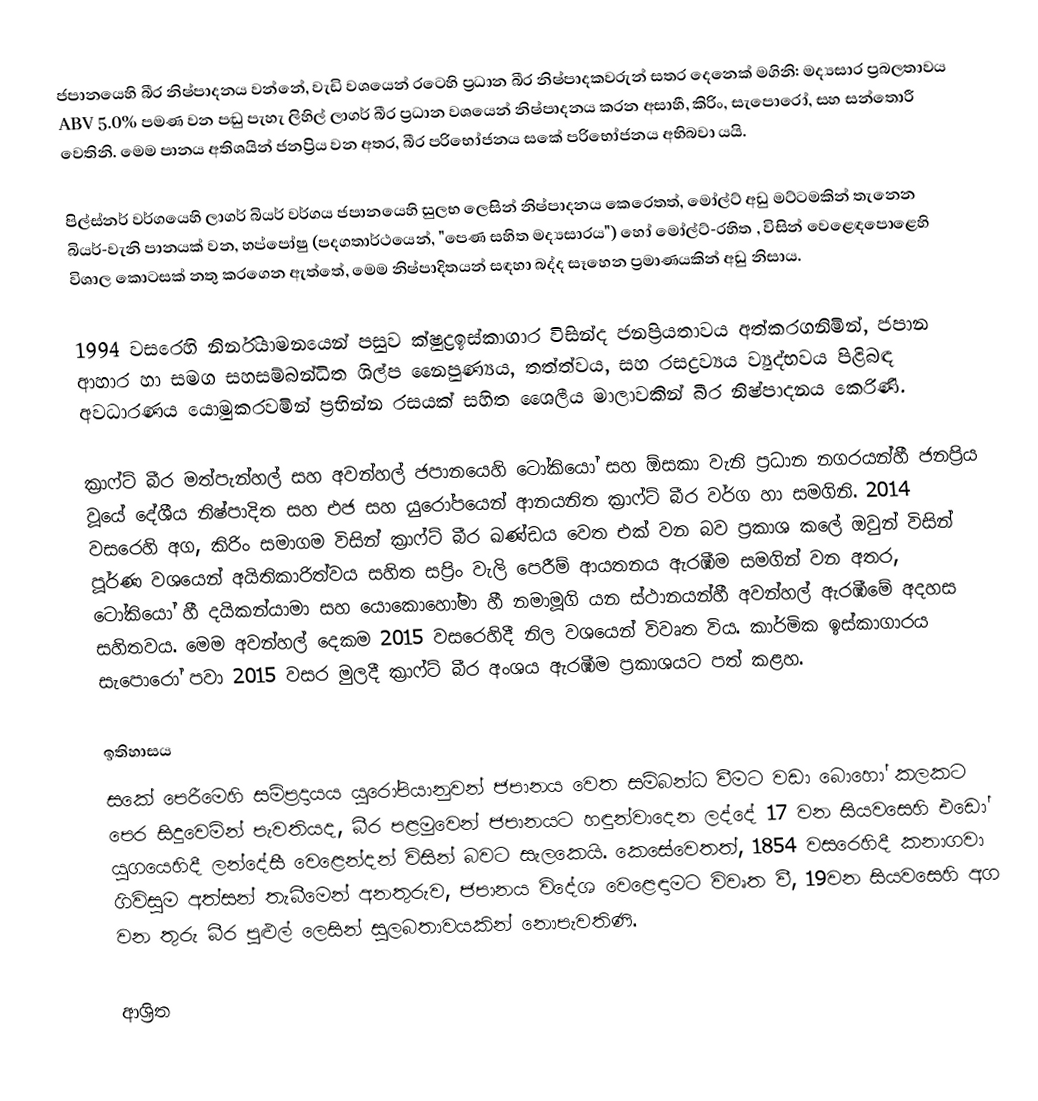
ජපානයෙහි බීර නිෂ්පාදනය වන්නේ, වැඩි වශයෙන් රටෙහි ප්‍රධාන බීර නිෂ්පාදකවරුන් සතර දෙනෙක් මගිනි: මද්‍යසාර ප්‍රබලතාවය ABV 5.0% පමණ වන පඬු පැහැ ලිහිල් ලාගර් බීර ප්‍රධාන වශයෙන් නිෂ්පාදනය කරන අසාහී, කිරිං, සැපොරෝ, සහ සන්තොරී වෙතිනි. මෙම පානය අතිශයින් ජනප්‍රිය වන අතර, බීර පරිභෝජනය සකේ පරිභෝජනය අභිබවා යයි.

පිල්ස්නර් වර්ගයෙහි ලාගර් බියර් වර්ගය ජපානයෙහි සුලභ ලෙසින් නිෂ්පාදනය කෙරෙතත්, මෝල්ට් අඩු මට්ටමකින් තැනෙන බියර්-වැනි පානයක් වන, හප්පෝෂු (පදගතාර්ථයෙන්, "පෙණ සහිත මද්‍යසාරය") හෝ මෝල්ට්-රහිත , විසින් වෙළෙඳපොළෙහි විශාල කොටසක් නතු කරගෙන ඇත්තේ, මෙම නිෂ්පාදිතයන් සඳහා බද්ද සෑහෙන ප්‍රමාණයකින් අඩු නිසාය.

1994 වසරෙහි නිර්නියාමනයෙන් පසුව  ක්ෂුද්‍රඉස්කාගාර විසින්ද ජනප්‍රියතාවය අත්කරගනිමින්, ජපාන ආහාර හා සමග සහසම්බන්ධිත ශිල්ප නෛපුණ්‍යය, තත්ත්වය, සහ රසද්‍රව්‍යය ව්‍යුද්භවය පිළිබඳ  අවධාරණය යොමුකරවමින් ප‍්‍රභින්න රසයක් සහිත ශෛලීය මාලාවකින් බීර නිෂ්පාදනය කෙරිණි.

ක්‍රාෆ්ට් බීර මත්පැන්හල් සහ අවන්හල් ජපානයෙහි ටෝකියෝ සහ ඕසකා වැනි ප්‍රධාන නගරයන්හී ජනප්‍රිය වූයේ දේශීය නිෂ්පාදිත සහ එජ සහ යුරෝපයෙන් ආනයනිත ක්‍රාෆ්ට් බීර වර්ග හා සමගිනි.  2014 වසරෙහි අග, කිරිං සමාගම විසින් ක්‍රාෆ්ට් බීර ඛණ්ඩය වෙත එක් වන බව ප්‍රකාශ කලේ ඔවුන් විසින් පූර්ණ වශයෙන් අයිතිකාරිත්වය සහිත සප්‍රිං වැලි පෙරීම් ආයතනය ඇරඹීම සමගින් වන අතර, ටෝකියෝ හී  දයිකන්යාමා සහ   යොකොහෝමා හී  නමාමූගි යන ස්ථානයන්හී අවන්හල් ඇරඹීමේ අදහස සහිතවය. මෙම අවන්හල් දෙකම  2015 වසරෙහිදී නිල වශයෙන් විවෘත විය. කාර්මික ඉස්කාගාරය සැපොරෝ පවා 2015 වසර මුලදී ක්‍රාෆ්ට් බීර අංශය ඇරඹීම ප්‍රකාශයට පත් කළහ.

ඉතිහාසය
සකේ පෙරීමෙහි සම්ප්‍රදායය යුරෝපියානුවන් ජපානය වෙත සම්බන්ධ වීමට වඩා බොහෝ කලකට පෙර සිදුවෙමින් පැවතියද, බීර පළමුවෙන්  ජපානයට හඳුන්වාදෙන ලද්දේ 17 වන සියවසෙහි එඩෝ යුගයෙහිදී ලන්දේසී වෙළෙන්දන් විසින් බවට සැලකෙයි. කෙසේවෙතත්, 1854 වසරෙහිදී   කනාගවා ගිවිසුම  අත්සන් තැබීමෙන් අනතුරුව, ජපානය විදේශ වෙළෙඳාමට විවෘත වී,  19වන සියවසෙහි අග වන තුරු බීර පුළුල් ලෙසින් සුලබතාවයකින් නොපැවතිණි.

ආශ්‍රිත